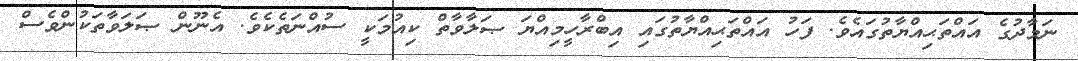
ނަމާދުގެ އައްތަޙިއްޔާތުގައެވެ. ފަހު އައްތަޙިއްޔާތުގައި އިބްރާހީމިއްޔަ ޞަލާވާތް ކިއުމަކީ ސުއްނަތެކެވެ. އެނޫން ޞަަލަވާތަކުންވެސް